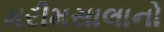
મરીમસાલાનો